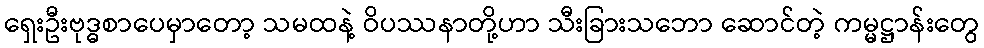
ရှေးဦးဗုဒ္ဓစာပေမှာတော့ သမထနဲ့ ဝိပဿနာတို့ဟာ သီးခြားသဘော ဆောင်တဲ့ ကမ္မဋ္ဌာန်းတွေ